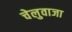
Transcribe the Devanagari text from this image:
चेलुवाजा